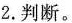
2.判断。